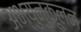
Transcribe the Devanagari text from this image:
अभ्युनुकूलन